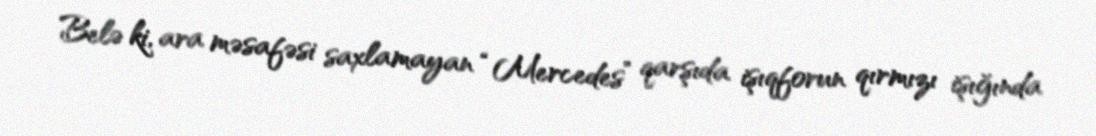
Belə ki, ara məsafəsi saxlamayan “Mercedes” qarşıda işıqforun qırmızı işığında